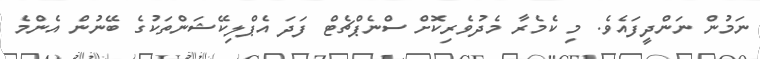
ނަމުން ނަންދީފައެވެ. މި ކެމެރާ މެދުވެރިކޮށް ސްނެޕްޗެޓް ފަދަ އެޕްލިކޭޝަންތަކުގެ ބޭނުން އެންމެ